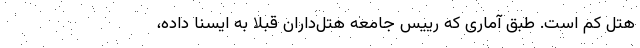
هتل کم است. طبق آماری که رییس جامعه هتل‌داران قبلا به ایسنا داده،